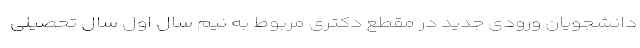
دانشجویان ورودی جدید در مقطع دکتری مربوط به نیم سال اول سال تحصیلی